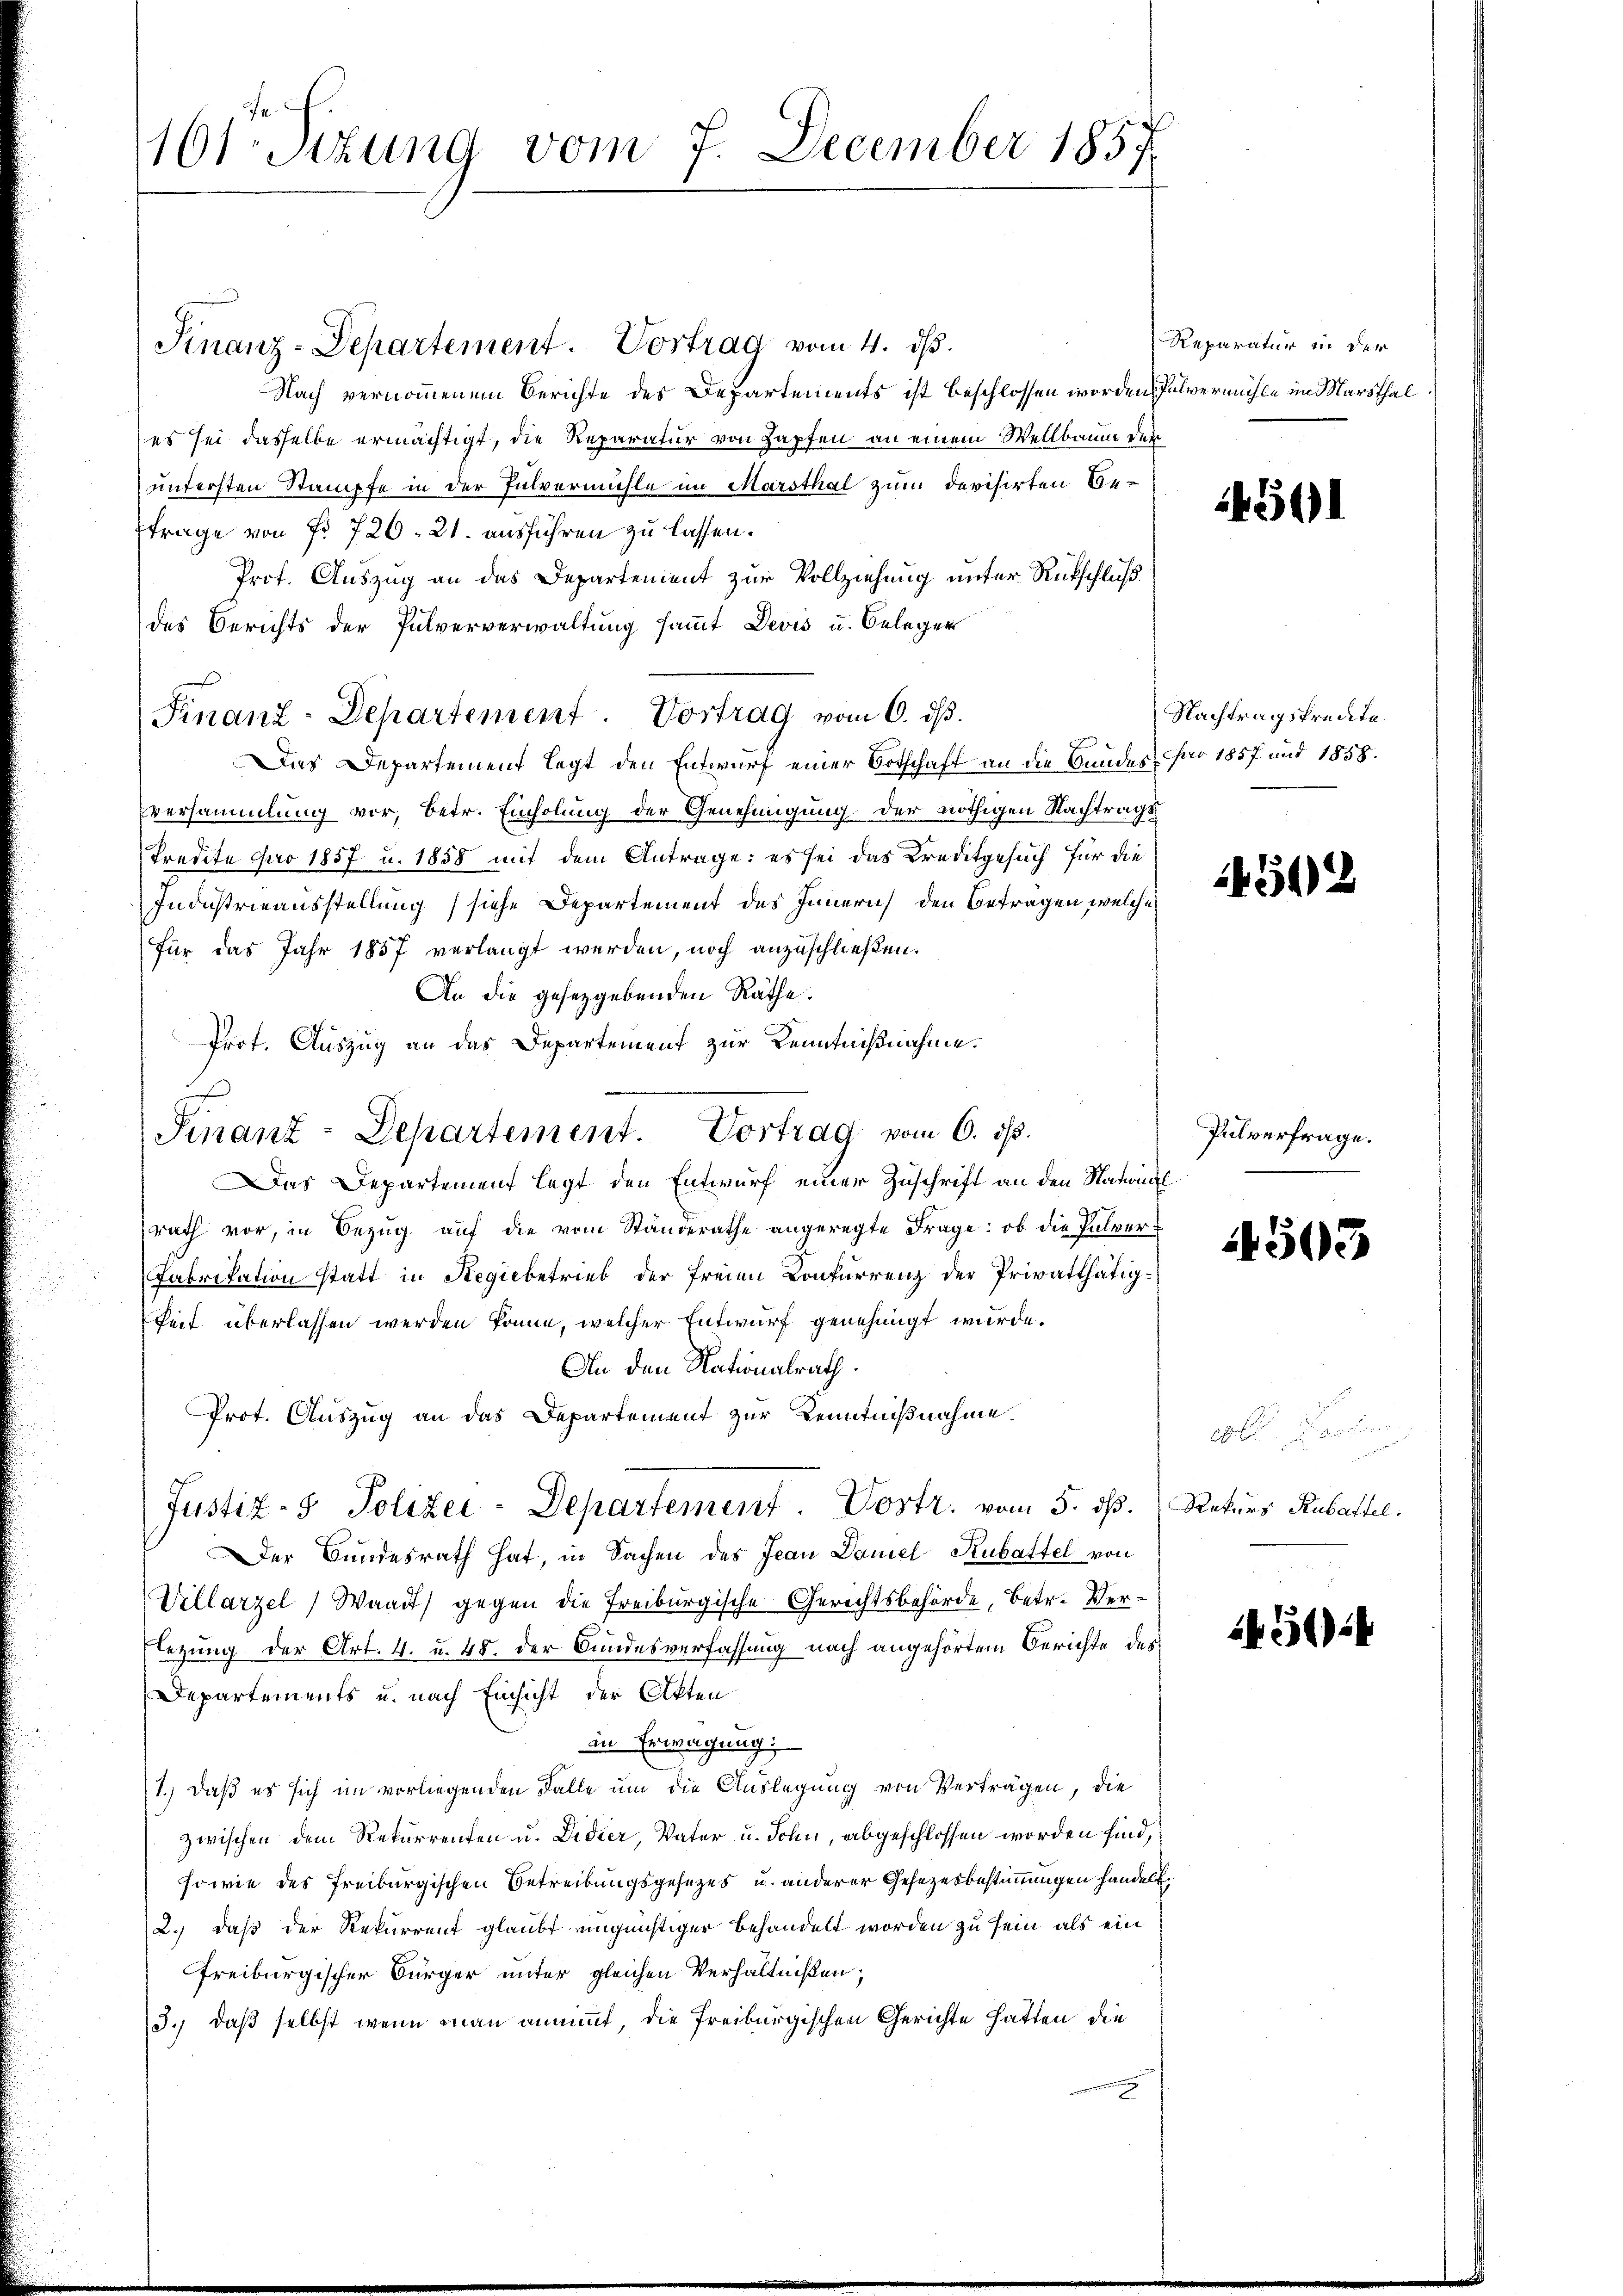
1601 Sizung vom 7. December 1857

Finanz-Departement. Vortrag vom 4. ds.
Nach vernommenem Berichte des Departements ist beschlossen worden Pulvermühle im Marsthal
es sei dasselbe ermächtigt, die Reparatur von Zapfen an einem Wellbaum den
untersten Stampfe in der Pulvermühle im Marsthal zum devisirten Be-
Ffrage von Fr. 720. 21. ausführen zu lassen.
Prot. Auszug an das Departement zur Vollziehung unter Rückschluß
des Berichts der Pulververwaltung sammt Devis u. Belegen
Finanz-Departement. Vortrag vom 6. ds.
Das Departement legt den Entwurf einer Botschaft an die Bundes far 1857 und 1858.
versammlung vor, betr. Einholung der Genehmigung der nöthigen Nachtrags
Predite pro 1857 u. 1858 mit dem Antrage: es sei das Kreditgesuch für die
Industrieausstellung (siehe Departement des Innern den Betragen, welche
für das Jahr 1857 verlangt werden, noch anzuschließen.
An die gesetzgebenden Räthe.
Prot. Auszug an das Departement zur Kenntnißnahme.
.
Das Departement legt den Entwurf einer Zuschrift an den Natural
rath vor, in Bezug auf die vom Standerathe angeregte Frage: ob die Pulver¬
Fabrikation statt in Regiebetrieb der freien Konkurrenz der Privatthätig-
keit überlassen werden könne, welcher Entwurf genehmigt wurde.
An den Nationalrath.
Prot. Auszug an das Departement zur Kenntnißnahme.
Justiz- & Polizei-Departement. Vortr. vom 5. dß.
Der Bundesrath hat, in Sachen des Jean Daniel Kubattel von
Villarzel, Waadt) gegen die Freiburgische Gerichtsbehörde, betr. Verlegung der Art. 4. u. 48. der Bundesverfassung nach angehörtem Berichte der
Departements u. nach Einsicht der Akten
in Erwägung;
1.) Daß es sich im vorliegenden Falle um die Auslegung von Verträgen, die
zwischen dem Rekurrenten u. Didier, Vater u. Sohn, abgeschlossen worden sind,
sowie des Freiburgischen Betreibungsgesetzes u. anderer Gesezesbestimmungen handelt.
2.) daß der Rekurrent glaubt eingünstiger behandelt worden zu sein als ein
freiburgischer Bürger unter gleichen Verhältnißen,
3.) daß selbst wenn man annimmt, die Freiburgischen Gerichte hatten die

Finanz-Departement. Vortrag vom 6. ds.

Reparatur in der

44501

Nachtragskredite.

4502

Pulverfrage.

4503

Rekurs Rubattel.

145014